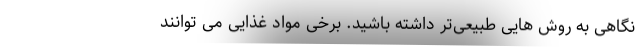
نگاهی به روش هایی طبیعی‌تر داشته باشید. برخی مواد غذایی می توانند